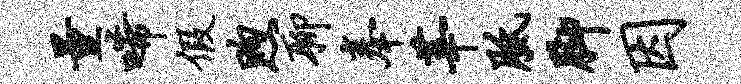
量唏假煦聊奉莘胝脚因